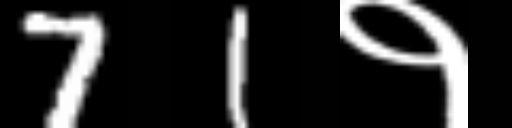
Text: 71१